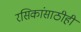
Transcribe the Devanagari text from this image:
रसिकांसाठीही